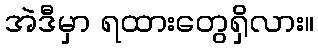
အဲဒီမှာ ရထားတွေရှိလား။